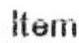
ITEM